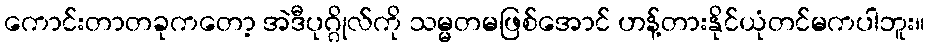
ကောင်းတာတခုကတော့ အဲဒီပုဂ္ဂိုလ်ကို သမ္မတမဖြစ်အောင် ဟန့်တားနိုင်ယုံတင်မကပါဘူး။